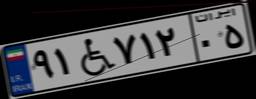
۹۱W۷۱۲۰۵